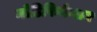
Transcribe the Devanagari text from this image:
मोडिफिकेशन